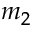
m _ { 2 }